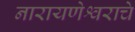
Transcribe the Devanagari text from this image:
नारायणेश्वराचे